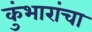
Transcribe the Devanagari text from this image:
कुंभारांचा